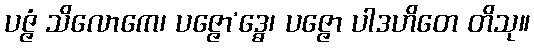
ပဇ္ဇံ သိလောကေ၊ ပဇ္ဇော’ဒ္ဓေ၊ ပဇ္ဇော ပါဒဟိတေ တိသု။